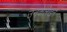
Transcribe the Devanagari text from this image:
उनकेलेखन